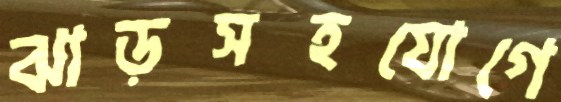
ঝাড়সহযোগে